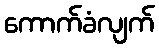
ကောက်ခံလျက်